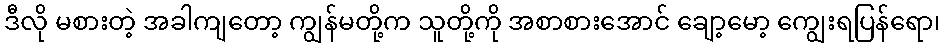
ဒီလို မစားတဲ့ အခါကျတော့ ကျွန်မတို့က သူတို့ကို အစာစားအောင် ချော့မော့ ကျွေးရပြန်ရော၊